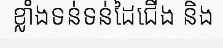
ខ្លាំងទន់ទន់ដៃជើង និង